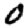
Digit: 0